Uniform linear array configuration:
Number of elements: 64
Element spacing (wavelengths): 0.25
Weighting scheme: hann
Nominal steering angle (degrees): -30
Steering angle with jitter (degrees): -31.687
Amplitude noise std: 0.05
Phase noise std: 0.05

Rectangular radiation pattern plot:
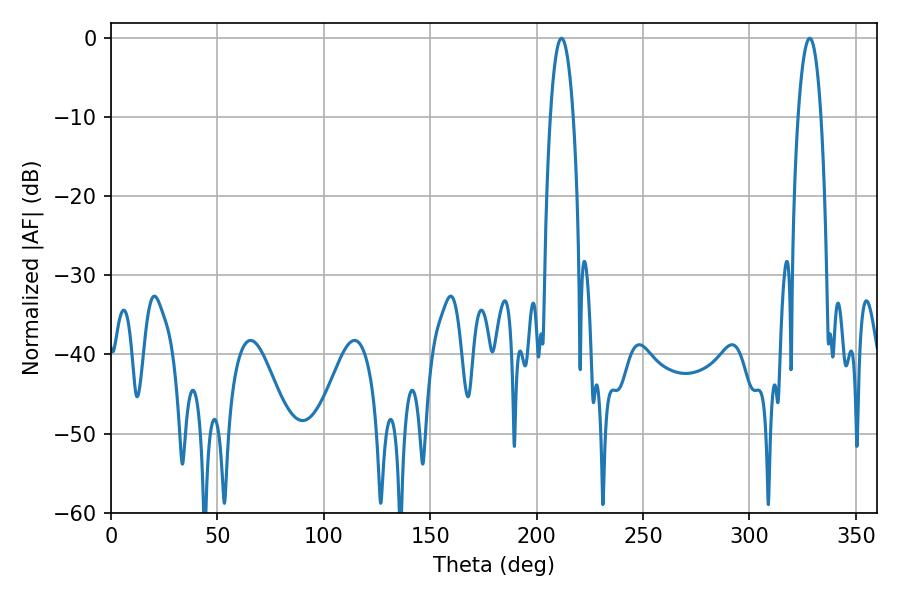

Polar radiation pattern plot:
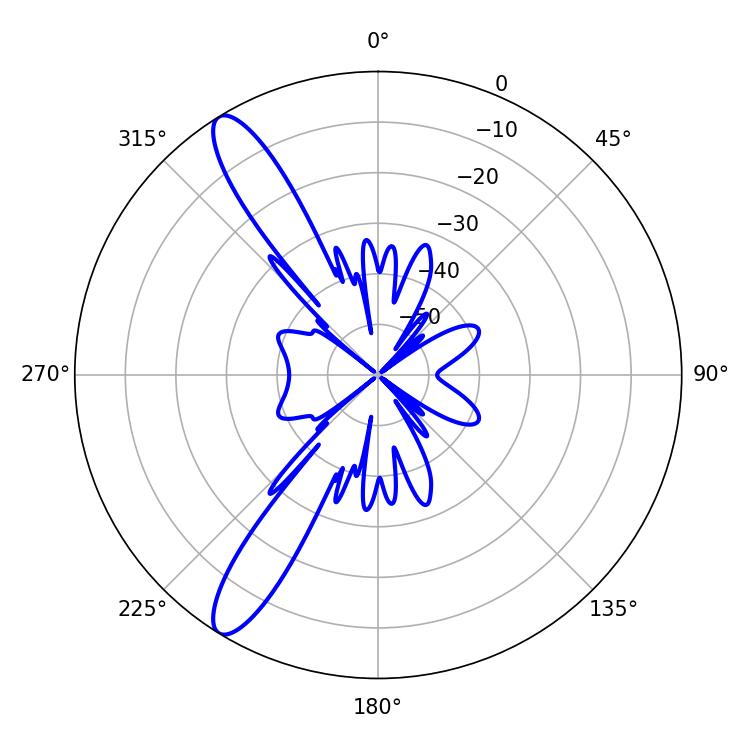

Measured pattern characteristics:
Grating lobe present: FALSE
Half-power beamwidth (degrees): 5.94
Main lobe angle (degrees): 211.68